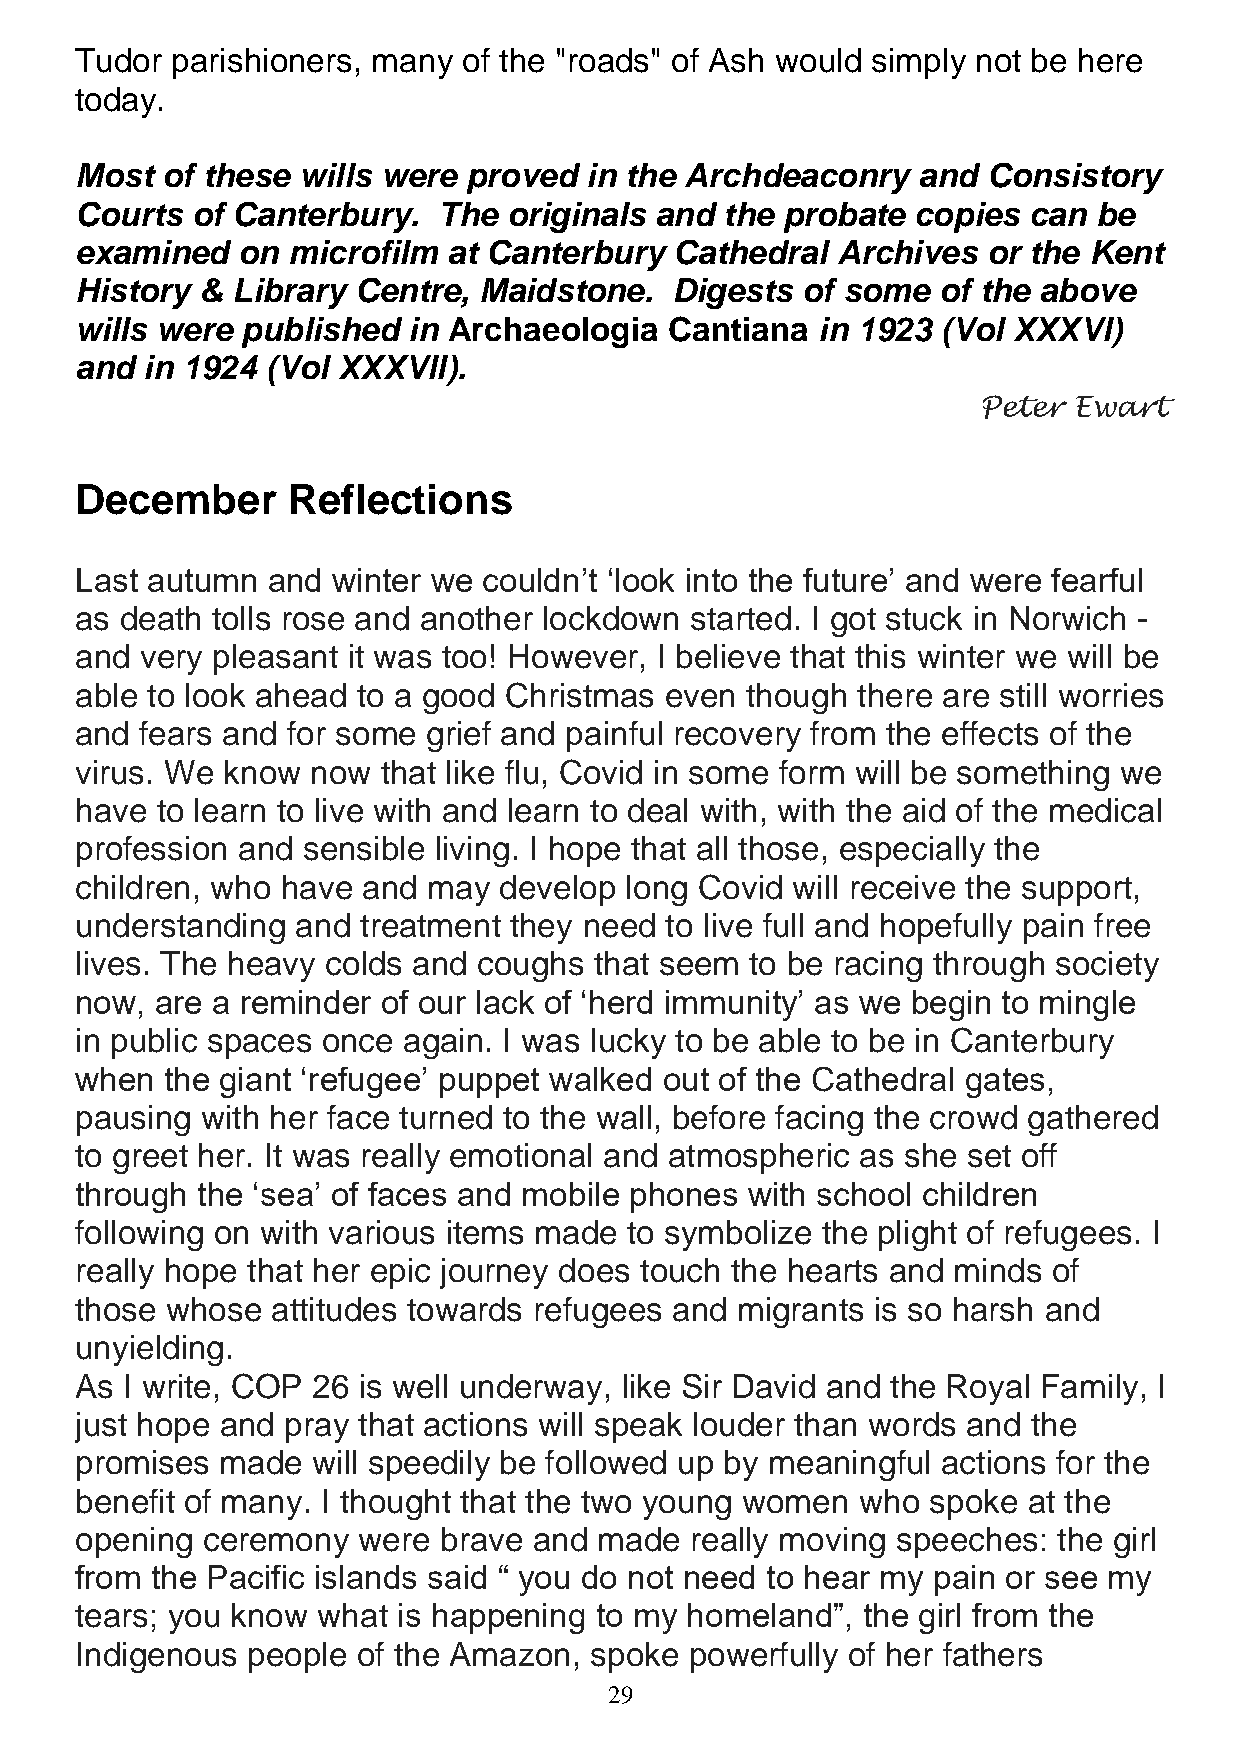
Tudor parishioners, many  of the "roads" of Ash would simply not be here
 today.
 Most  of these wills were proved  in the Archdeaconry   and Consistory
 Courts  of Canterbury.  The  originals and the probate copies  can  be
 examined   on microfilm  at Canterbury  Cathedral Archives  or the Kent
 History & Library Centre,  Maidstone.  Digests  of some  of the above
 wills were published  in Archaeologia  Cantiana  in 1923 (Vol XXXVl)
 and in 1924  (Vol XXXVll).
 Peter Ewart
 December      Reflections
 Last autumn  and winter we couldn’t ‘look into the future’ and were fearful
 as death tolls rose and another lockdown started. I got stuck in Norwich -
 and very pleasant it was too! However, I believe that this winter we will be
 able to look ahead to a good Christmas even though  there are still worries
 and fears and for some grief and painful recovery from the effects of the
 virus. We know  now that like flu, Covid in some form will be something we
 have to learn to live with and learn to deal with, with the aid of the medical
 profession and sensible living. I hope that all those, especially the
 children, who have and may  develop long Covid will receive the support,
 understanding  and treatment they need to live full and hopefully pain free
 lives. The heavy colds and coughs that seem  to be racing through society
 now, are a reminder of our lack of ‘herd immunity’ as we begin to mingle
 in public spaces once again. I was lucky to be able to be in Canterbury
 when  the giant ‘refugee’ puppet walked out of the Cathedral gates,
 pausing with her face turned to the wall, before facing the crowd gathered
 to greet her. It was really emotional and atmospheric as she set off
 through the ‘sea’ of faces and mobile phones with school children
 following on with various items made to symbolize the plight of refugees. I
 really hope that her epic journey does touch the hearts and minds of
 those whose  attitudes towards refugees and migrants is so harsh and
 unyielding.
 As I write, COP 26 is well underway, like Sir David and the Royal Family, I
 just hope and pray that actions will speak louder than words and the
 promises  made  will speedily be followed up by meaningful actions for the
 benefit of many. I thought that the two young women who spoke  at the
 opening ceremony   were brave and  made  really moving speeches: the girl
 from the Pacific islands said “ you do not need to hear my pain or see my
 tears; you know what is happening to my homeland”,  the girl from the
 Indigenous people  of the Amazon, spoke  powerfully of her fathers
 29